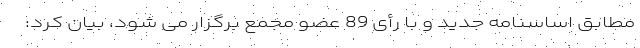
مطابق اساسنامه جدید و با رأی 89 عضو مجمع برگزار می ‌شود، بیان کرد:‌